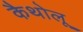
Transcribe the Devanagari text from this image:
कैथोलू